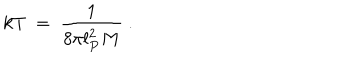
k T \ = \ \frac { 1 } { 8 \pi l _ { P } ^ { 2 } M } \ .